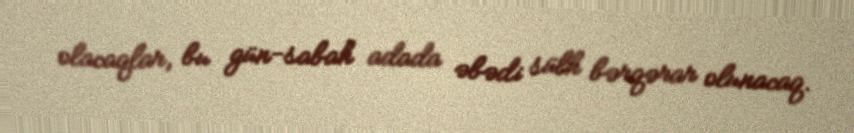
olacaqlar, bu gün-sabah adada əbədi sülh bərqərar olunacaq.